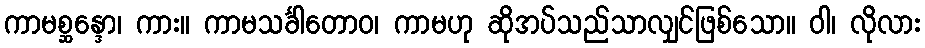
ကာမစ္ဆန္ဒော၊ ကား။ ကာမသင်္ခါတောဝ၊ ကာမဟု ဆိုအပ်သည်သာလျှင်ဖြစ်သော။ ဝါ၊ လိုလား